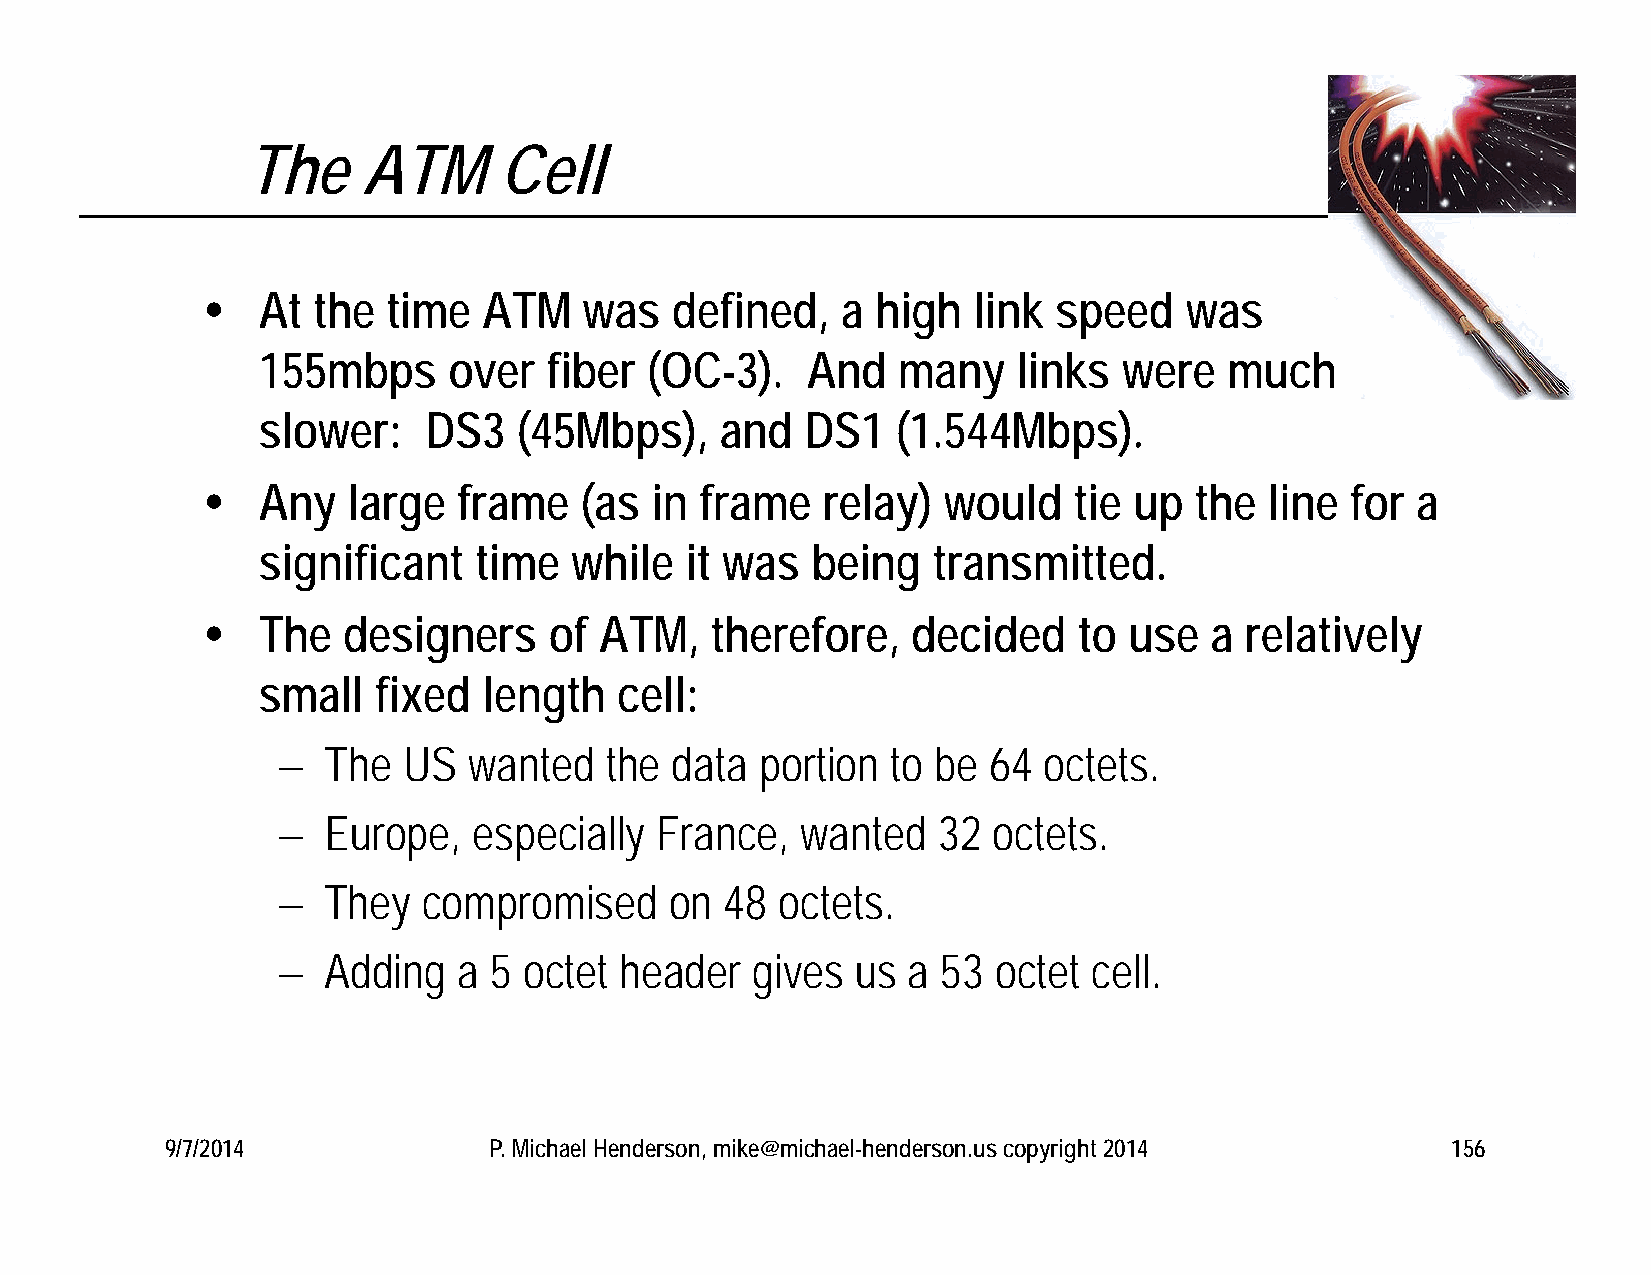
The     ATM      Cell
    At  the  time  ATM    was  defined,    a high  link  speed   was
 155mbps      over  fiber  (OC-3).   And   many    links  were   much
 slower:    DS3   (45Mbps),     and  DS1   (1.544Mbps).
    Any   large  frame   (as  in frame   relay)  would    tie up  the  line for  a
 significant   time   while  it was   being   transmitted.
    The   designers    of  ATM,   therefore,   decided    to  use  a relatively
 small   fixed  length   cell:
   The   US  wanted   the data  portion  to be 64  octets.
   Europe,   especially  France,   wanted   32  octets.
   They   compromised     on  48  octets.
   Adding   a 5  octet header   gives  us a 53  octet cell.
 9/7/2014             P. Michael Henderson, mike@michael-henderson.us copyright 2014  156